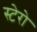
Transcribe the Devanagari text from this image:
स्टेरो